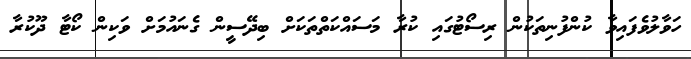
ހަވާލުވެފައިވާ ކުންފުނިތަކުން ރިސޯޓުގައި ކުރާ މަސައްކަތްތަކަށް ބިދޭސީން ގެނައުމަށް ވަކިން ކޯޓާ ދޫކުރާ